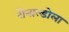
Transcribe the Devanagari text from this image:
रोनाल्डोला